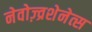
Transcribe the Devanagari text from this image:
नेवोज़्व्रशेनेत्स